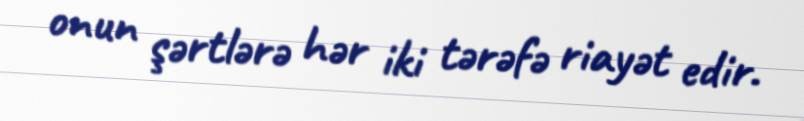
onun şərtlərə hər iki tərəfə riayət edir.